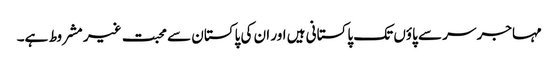
مہاجر سر سے پاؤں تک پاکستانی ہیں اور ان کی پاکستان سے محبت غیر مشروط ہے۔